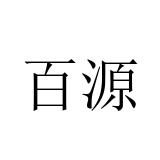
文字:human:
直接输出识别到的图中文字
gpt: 百源